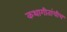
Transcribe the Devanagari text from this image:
कथागीतांचीच